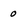
Character: o